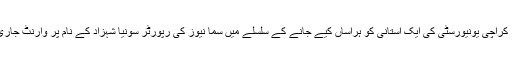
قانونی کیس: کراچی یونیورسٹی کی ایک استانی کو ہراساں کیے جانے کے سلسلے میں سما نیوز کی رپورٹر سونیا شہزاد کے نام پر وارنٹ جاری کیے گئے۔